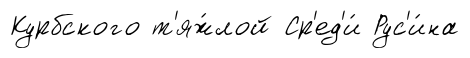
Курбского т'яж́лой Ср'ед'и́ Рус'и́на